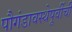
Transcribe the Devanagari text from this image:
पौगंडावस्थेपूर्वीची